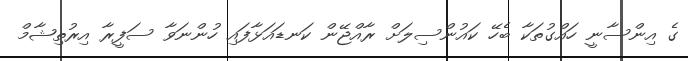
ގެ އިންސާނީ ހައްގުތަކާ ބެހޭ ކައުންސިލަށް ރާއްޖޭން ކަނޑައަޅާފައި ހުންނަވާ ސަފީރާ އިރުތިޝާމް